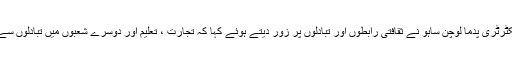
ملاقات میں شریک بھارتی وزارت ثقافت کے سیکٹرٹری پدما لوچن ساہو نے ثقافتی رابطوں اور تبادلوں پر زور دیتے ہوئے کہا کہ تجارت ، تعلیم اور دوسرے شعبوں میں تبادلوں سے پہلے ہی ثقافتی تبادلہ کرنا ضروری اور اہم ہے۔